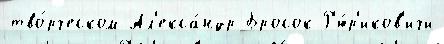
тво́рческом Ал'екса́ндр Бросок Р'ю́р'иков'ичи